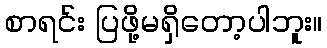
စာရင်း ပြဖို့မရှိတော့ပါဘူး။